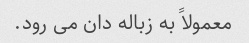
معمولاً به زباله دان می رود.